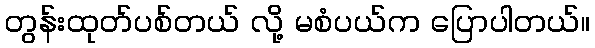
တွန်းထုတ်ပစ်တယ် လို့ မစံပယ်က ပြောပါတယ်။